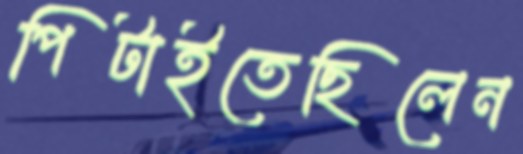
পিটাইতেছিলেন